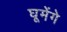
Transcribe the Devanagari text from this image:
घूमेंगे